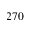
2 7 0